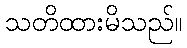
သတိထားမိသည်။